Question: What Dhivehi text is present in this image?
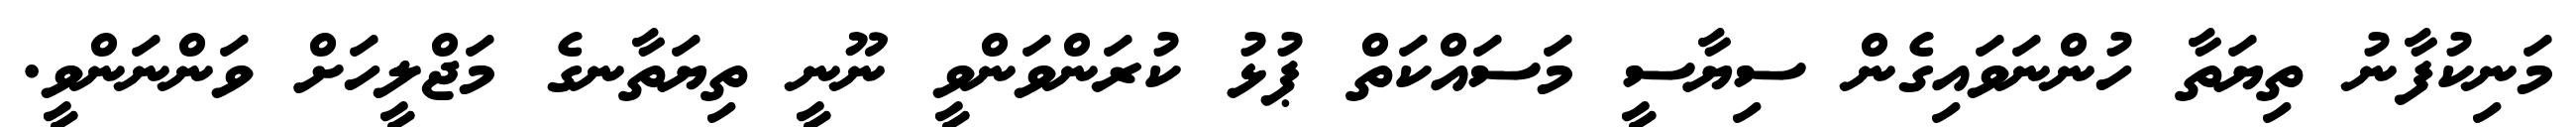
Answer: މަނިކުފާނު ތިޔަތާ ހުންނަވައިގެން ސިޔާސީ މަސައްކަތް ޕުޅު ކުރަންވަންވީ ނޫނީ ތިޔަތާނގެ މަޖްލީހަށް ވަންނަންވީ.